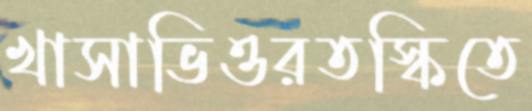
খাসাভিওরতস্কিতে